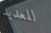
للعديد